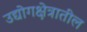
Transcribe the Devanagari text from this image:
उद्योगक्षेत्रातील